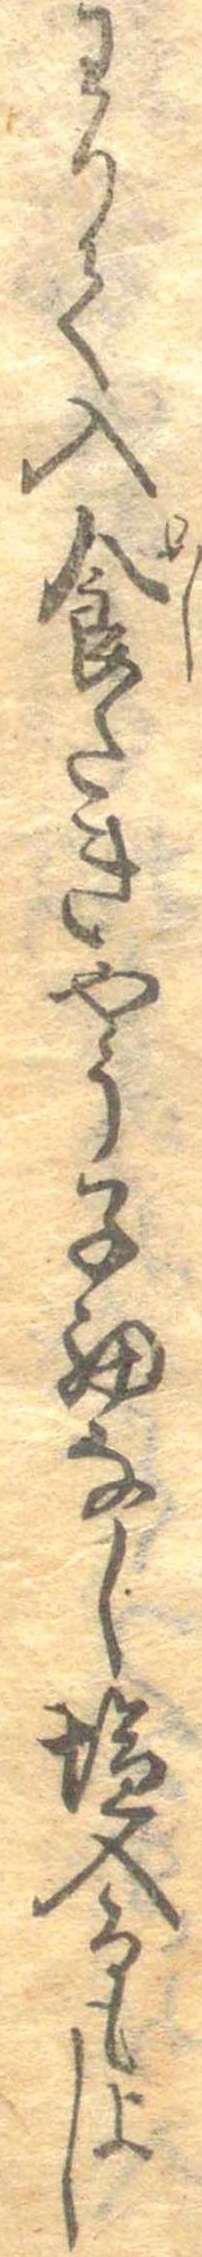
わりて入食たきやう子細なし塩入るもよし